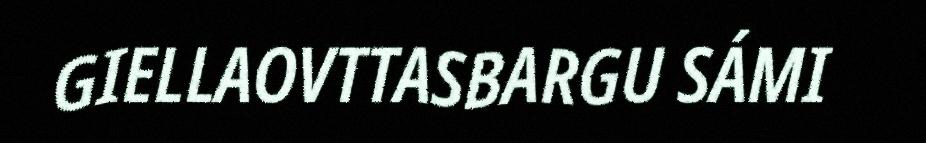
GIELLAOVTTASBARGU SÁMI